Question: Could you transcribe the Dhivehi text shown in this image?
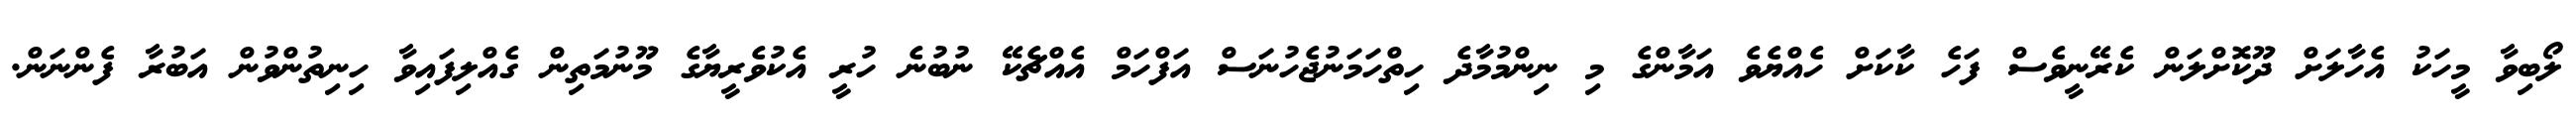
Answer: ލޯބިވާ މީހަކު އެހާލަށް ދޫކޮށްލަން ކެރޭނީވެސް ފަހެ ކާކަށް ހެއްޔެވެ އަމާންގެ މި ނިންމުމާދެ ހިތްހަމަނުޖެހުނަސް އަފްހަމް އެއްޗެކޭ ނުބުނެ ހުރީ އެކުވެރީޔާގެ މޫނުމަތިން ގެއްލިފައިވާ ހިނިތުންވުން އަބުރާ ފެންނަން.